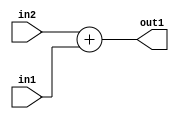
`timescale 1ps / 1ps
/*****************************************************************************
    Verilog RTL Description
    
    
    Created by: Stratus DpOpt 2019.1.01 
*******************************************************************************/

module st_feature_addr_gen_Add_32Ux32U_32U_0 (
	in2,
	in1,
	out1
	); /* architecture "behavioural" */ 
input [31:0] in2,
	in1;
output [31:0] out1;
wire [31:0] asc001;

assign asc001 = 
	+(in2)
	+(in1);

assign out1 = asc001;
endmodule

/* CADENCE  ubHyTw8= : u9/ySgnWtBlWxVPRXgAZ4Og= ** DO NOT EDIT THIS LINE ******/